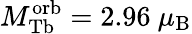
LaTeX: M_{\mathrm{Tb}}^{\mathrm{orb}}=2.96~\mu_{\mathrm{B}}